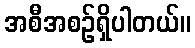
အစီအစဉ်ရှိပါတယ်။